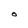
Character: O